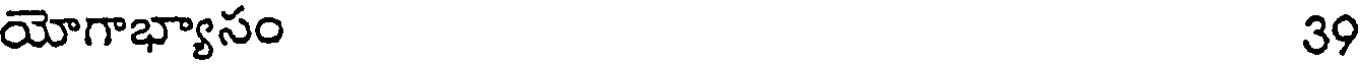
యోగాభ్యాసం 39